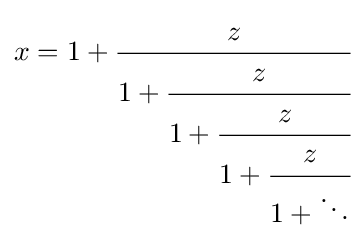
x=1+{\cfrac {z}{1+{\cfrac {z}{1+{\cfrac {z}{1+{\cfrac {z}{1+\ddots }}}}}}}}